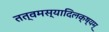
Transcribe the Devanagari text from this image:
तत्वमस्यादिलक्ष्यम्‌